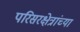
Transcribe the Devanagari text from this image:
परिसरक्षेत्रांच्या